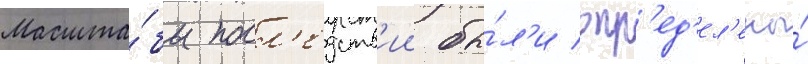
Масшта́бы посл'едств'ии бы́л'и опр'ед'ел'ены́